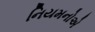
નિયમનોએ